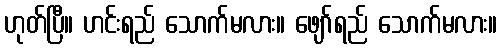
ဟုတ်ပြီ။ ဟင်းရည် သောက်မလား။ ဖျော်ရည် သောက်မလား။